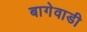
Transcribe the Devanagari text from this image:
बागेवाडी